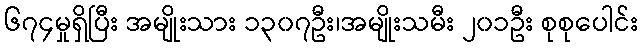
၆၇၄မှုရှိပြီး အမျိုးသား ၁၃၀၇ဦး၊အမျိုးသမီး ၂၀၁ဦး စုစုပေါင်း